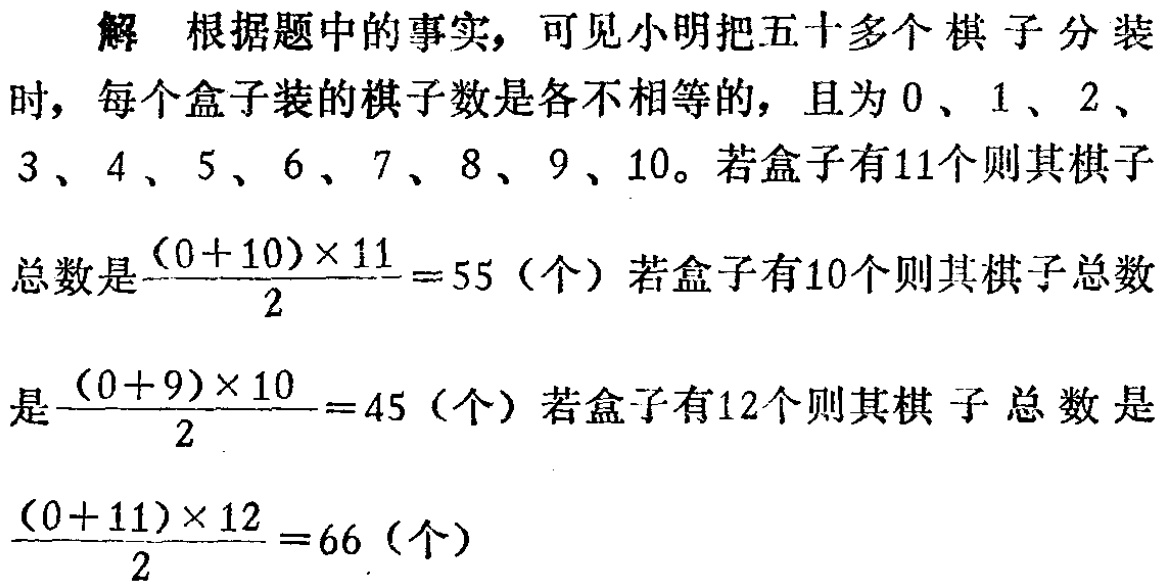
解 根据题中的事实，可见小明把五十多个棋子分装时，每个盒子装的棋子数是各不相等的，且为\(0\)、\(1\)、\(2\)、\(3\)、\(4\)、\(5\)、\(6\)、\(7\)、\(8\)、\(9\)、\(10\)。若盒子有\(11\)个则其棋子总数是\(\frac{(0 + 10)\times11}{2}=55\)（个）若盒子有\(10\)个则其棋子总数是\(\frac{(0 + 9)\times10}{2}=45\)（个）若盒子有\(12\)个则其棋子总数是\(\frac{(0 + 11)\times12}{2}=66\)（个）